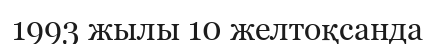
1993 жылы 10 желтоқсанда